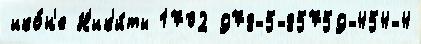
ико́н'е Н'ик'и́ты 1702 978-5-85759-454-4